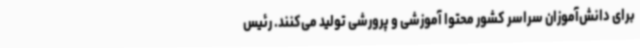
برای دانش‌آموزان سراسر کشور محتوا آموزشی و پرورشی تولید می‌کنند. رئیس